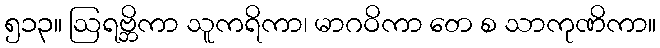
၅၁၃။ ဩရဗ္ဘိကာ သူကရိကာ၊ မာဂဝိကာ တေ စ သာကုဏိကာ။